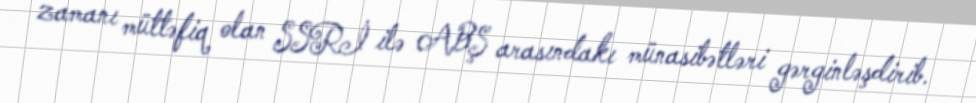
zamanı müttəfiq olan SSRİ ilə ABŞ arasındakı münasibətləri gərginləşdirib.